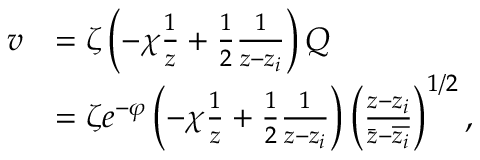
\begin{array} { r l } { v } & { = \zeta \left( - \chi \frac { 1 } { z } + \frac { 1 } { 2 } \frac { 1 } { z - z _ { i } } \right) Q } \\ & { = \zeta e ^ { - \varphi } \left( - \chi \frac { 1 } { z } + \frac { 1 } { 2 } \frac { 1 } { z - z _ { i } } \right) \left( \frac { z - z _ { i } } { \bar { z } - \overline { { z _ { i } } } } \right) ^ { 1 / 2 } , } \end{array}